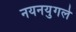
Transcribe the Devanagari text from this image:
नयनयुगले